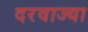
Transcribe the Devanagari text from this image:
दरवाज्या